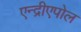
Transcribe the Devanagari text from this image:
एन्द्रीएपोल